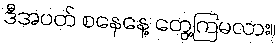
ဒီအပတ် စနေနေ့ တွေ့ကြမလား။